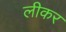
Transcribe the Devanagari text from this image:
लीकर